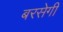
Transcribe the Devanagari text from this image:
बरसेगी